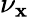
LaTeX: \nu_{\mathbf{x}}